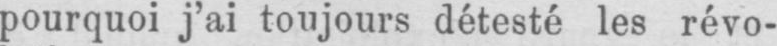
pourquoi j’ai toujours détesté les révo-